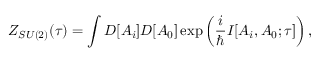
Z _ { S U ( 2 ) } ( \tau ) = \int D [ A _ { i } ] D [ A _ { 0 } ] \exp \left( \frac { i } { \hbar } I [ A _ { i } , A _ { 0 } ; \tau ] \right) ,